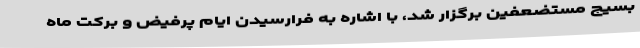
بسیج مستضعفین برگزار شد، با اشاره به فرارسیدن ایام پرفیض و برکت ماه